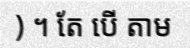
) ។ តែ បើ តាម